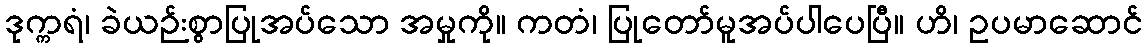
ဒုက္ကရံ၊ ခဲယဉ်းစွာပြုအပ်သော အမှုကို။ ကတံ၊ ပြုတော်မူအပ်ပါပေပြီ။ ဟိ၊ ဥပမာဆောင်